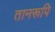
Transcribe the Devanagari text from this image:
तानरूपि